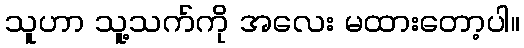
သူဟာ သူ့သက်ကို အလေး မထားတော့ပါ။